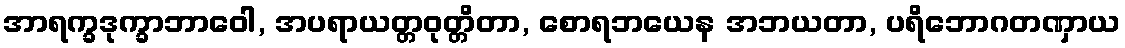
အာရက္ခဒုက္ခာဘာဝေါ, အပရာယတ္တဝုတ္တိတာ, စောရဘယေန အဘယတာ, ပရိဘောဂတဏှာယ